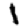
Digit: 1